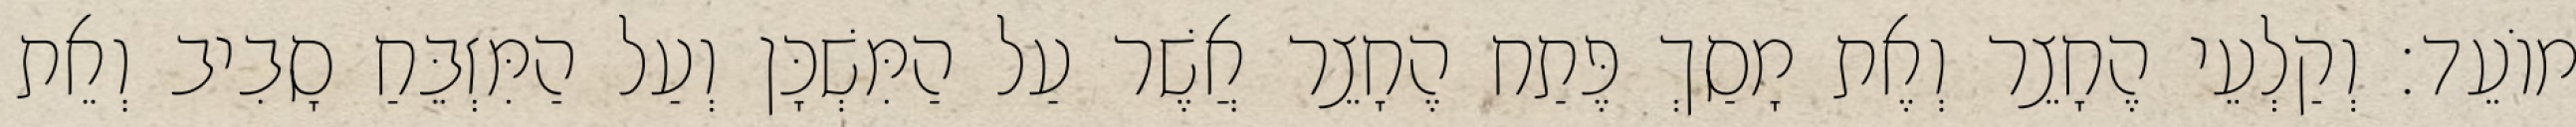
מוֹעֵד׃ וְקַלְעֵי הֶחָצֵר וְאֶת מָסַךְ פֶּתַח הֶחָצֵר אֲשֶׁר עַל הַמִּשְׁכָּן וְעַל הַמִּזְבֵּחַ סָבִיב וְאֵת